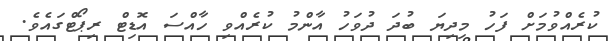
ކުރެއްވުމަށް ފަހު މިދިޔަ ބުދަ ދުވަހު އާންމު ކުރެއްވި ހާއްސަ އޮޑިޓް ރިޕޯޓްގައެވެ.